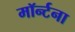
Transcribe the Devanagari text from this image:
मॉर्न्टना